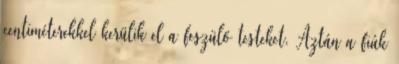
centiméterekkel kerülik el a feszülő testeket. Aztán a fiúk